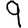
Digit: 9